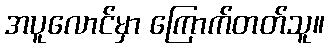
အပူလောင်မှာ ကြောက်တတ်သူ။